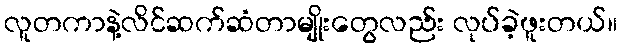
လူတကာနဲ့လိင်ဆက်ဆံတာမျိုးတွေလည်း လုပ်ခဲ့ဖူးတယ်။